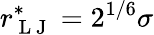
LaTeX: r_{\mathrm{~L~J~}}^{*}=2^{1/6}\sigma